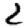
Digit: 2